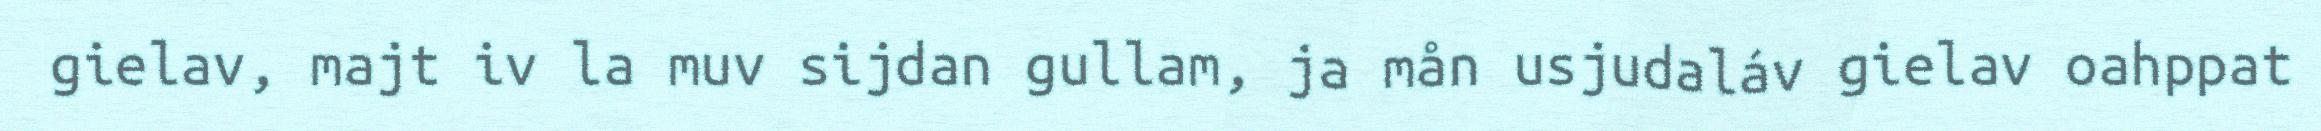
gielav, majt iv la muv sijdan gullam, ja mån usjudaláv gielav oahppat